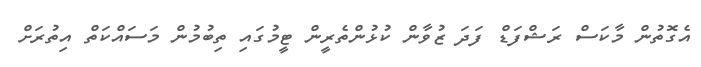
އެގޮތުން މާކަސް ރަޝްފަޑް ފަދަ ޒުވާން ކުޅުންތެރީން ޓީމުގައި ތިބުމުން މަސައްކަތް އިތުރަށް